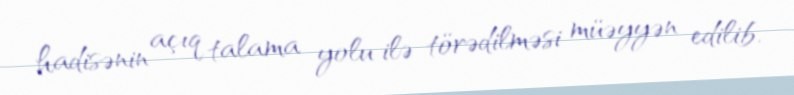
hadisənin açıq talama yolu ilə törədilməsi müəyyən edilib.